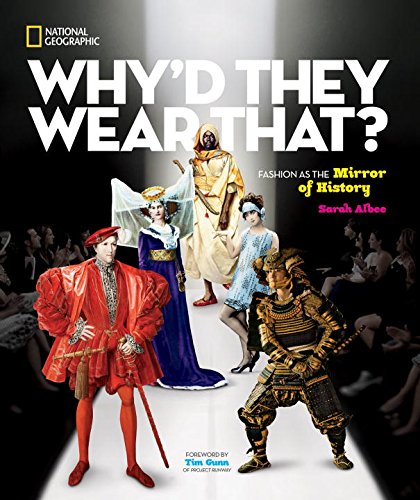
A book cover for Why'd They Wear That?: Fashion as the Mirror of History; Sarah Albee; Children's Books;